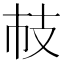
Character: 𢺷